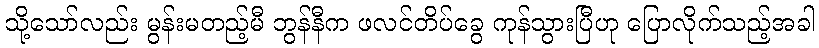
သို့သော်လည်း မွန်းမတည့်မီ ဘွန်နီက ဖလင်တိပ်ခွေ ကုန်သွားပြီဟု ပြောလိုက်သည့်အခါ